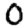
Digit: 0